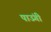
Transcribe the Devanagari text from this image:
पाउंगी